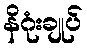
နိဂုံးချုပ်